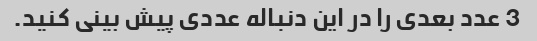
3 عدد بعدی را در این دنباله عددی پیش بینی کنید.